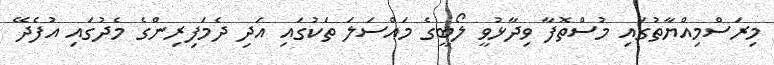
މިރަސްމިއްޔާތުގައި މުސްތޮފާ ވިދާޅުވީ ލޯބީގެ މައްސަލަ ތަކުގައި އަދި ދެމަފިރިންގެ މެދުގައި އުފެދޭ